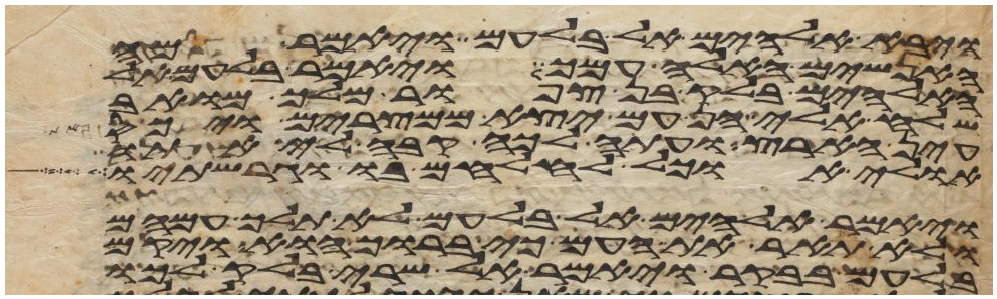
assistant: ויבא אלהים אל בלעם ויאמר מה
האנשים האלה עמך ויאמר בלעם אל
האלהים בלק בן צפור מלך מואב
שלח אלי הן עם יצא ממצרים ויכס
עין הארץ ועתה לכה קבה לי אתו
אולי אוכל להלחם בו וגרשתיו
ויאמר אלהים אל בלעם לא תלך עמהם
ולא תאר את העם כי ברוך הוא ויקם
בלעם בבקר ויאמר אל שרי בלק לכו